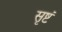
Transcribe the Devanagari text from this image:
सृष्टं